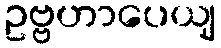
ဥဗ္ဗဟာပေယျ